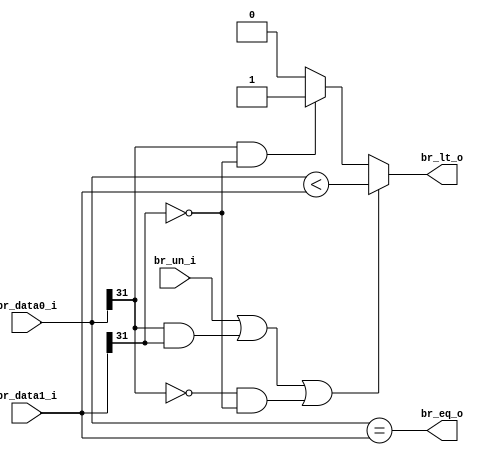
module BranchComp (input  [31:0] br_data0_i, br_data1_i,
                   input  br_un_i,
                   output br_eq_o, br_lt_o);

  wire b0_msb = br_data0_i[31];
  wire b1_msb = br_data1_i[31];

  assign br_eq_o = br_data0_i == br_data1_i;
  assign br_lt_o = (br_un_i || (b0_msb & b1_msb) || (~b0_msb & ~b1_msb)) ? br_data0_i < br_data1_i
                   : (b0_msb & ~b1_msb) ? 1'b1
                   : 1'b0;

endmodule